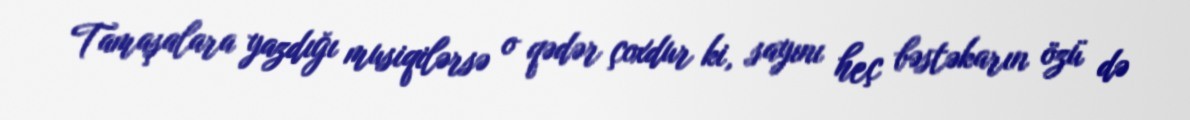
Tamaşalara yazdığı musiqilərsə o qədər çoxdur ki, sayını heç bəstəkarın özü də